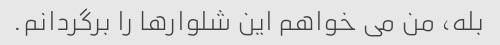
بله، من می خواهم این شلوارها را برگردانم.